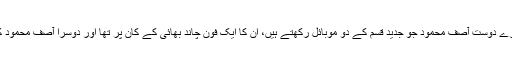
ہمارے دوست آصف محمود جو جدید قسم کے دو موبائل رکھتے ہیں، ان کا ایک فون چاند بھائی کے کان پر تھا اور دوسرا آصف محمود کے۔